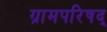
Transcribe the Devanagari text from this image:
ग्रामपरिषद्